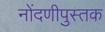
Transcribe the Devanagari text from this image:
नोंदणीपुस्तक